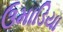
ઉમાડિયા